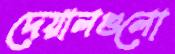
দেয়ালগুলো